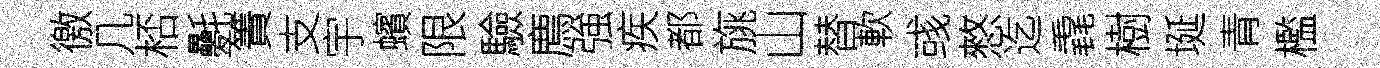
徼几桮氎簀支宇蠙限驗廌強疾都旐山替軟彧憗迄毳樹埏青檻